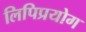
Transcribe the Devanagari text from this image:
लिपिप्रयोग